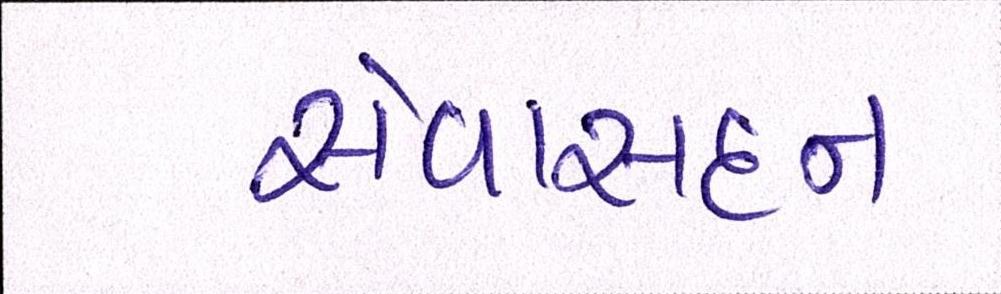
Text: સેવાસદન